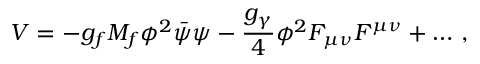
V = - g _ { f } M _ { f } \phi ^ { 2 } \bar { \psi } \psi - \frac { g _ { \gamma } } { 4 } \phi ^ { 2 } F _ { \mu \nu } F ^ { \mu \nu } + \ldots \, ,